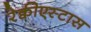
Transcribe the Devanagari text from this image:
रेक्वीएस्टास